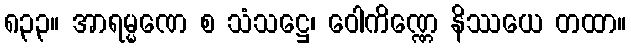
၈၃၃။ အာရမ္မဏေ စ သံသဋ္ဌေ၊ ဝေါကိဏ္ဏေ နိဿယေ တထာ။